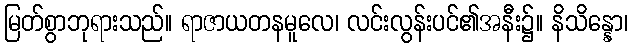
မြတ်စွာဘုရားသည်။ ရာဇာယတနမူလေ၊ လင်းလွန်းပင်၏အနီး၌။ နိသိန္နော၊